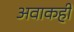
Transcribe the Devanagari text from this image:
अवाकही